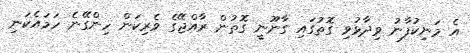
އެ މަނިކުފާނު ވިދާޅުވި ގޮތުގައި ގާނޫނީ ގޮތުން ރާއްޖޭގެ ވެރިކަން ހިންގޭނެ ހަމައެކަނި